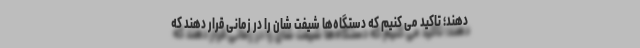
دهند؛ تاکید می کنیم که دستگاه‌ها شیفت شان را در زمانی قرار دهند که